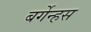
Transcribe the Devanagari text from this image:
बर्गेन्हस